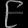
Digit: ၉